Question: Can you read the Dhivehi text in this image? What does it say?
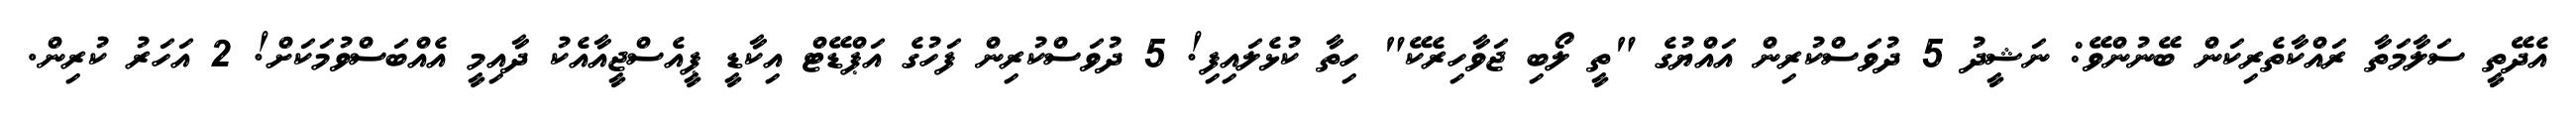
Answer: އެދޭތީ ސަލާމަތާ ރައްކާތެރިކަން ބޭނުންވޭ: ނަޝީދު 5 ދުވަސްކުރިން އައްޔުގެ "ތީ ލޯބި ޖަވާހިރެކޭ" ހިތާ ކުޅެލައިފި! 5 ދުވަސްކުރިން ފަހުގެ އަޕްޑޭޓް އިކާޑީ ޕީއެސްޖީއާއެކު ދާއިމީ އެއްބަސްވުމަކަށް! 2 އަހަރު ކުރިން.